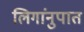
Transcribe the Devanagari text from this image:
लिगांनुपात